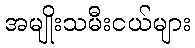
အမျိုးသမီးငယ်များ